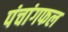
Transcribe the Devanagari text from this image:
पंचांगफल